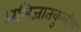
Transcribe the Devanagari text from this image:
अभिजातकुलीय